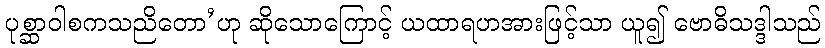
ပုစ္ဆာဝါစကသညိတော’ဟု ဆိုသောကြောင့် ယထာရဟအားဖြင့်သာ ယူ၍ ဗောဓိသဒ္ဒါသည်